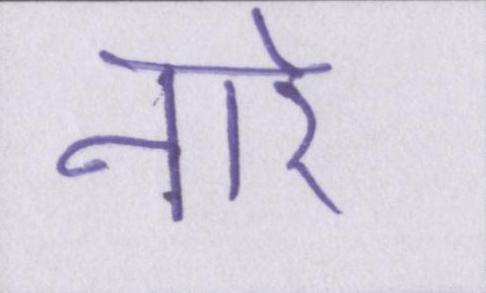
नारे